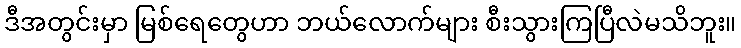
ဒီအတွင်းမှာ မြစ်ရေတွေဟာ ဘယ်လောက်များ စီးသွားကြပြီလဲမသိဘူး။